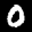
Label: 0